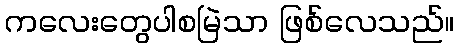
ကလေးတွေပါစမြဲသာ ဖြစ်လေသည်။